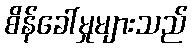
စိန်ခေါ်မှုများသည်